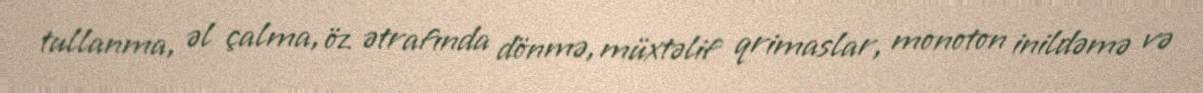
tullanma, əl çalma, öz ətrafında dönmə, müxtəlif qrimaslar, monoton inildəmə və